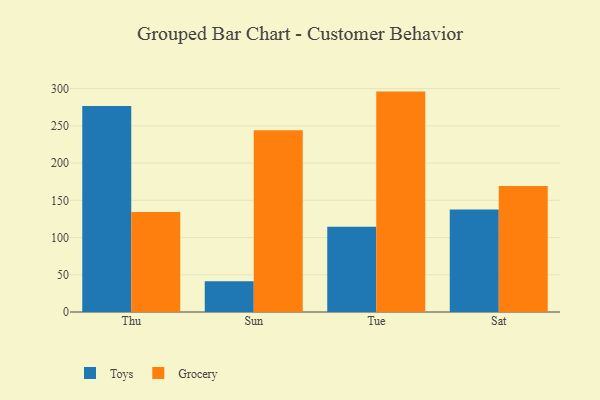
{"axis": {"x": "Day", "y": "Temperature (°C)"}, "legend": ["Grocery", "Toys"], "data": [{"x": "Thu", "y": 276.5, "type": "Toys"}, {"x": "Thu", "y": 134.2, "type": "Grocery"}, {"x": "Sun", "y": 41.3, "type": "Toys"}, {"x": "Sun", "y": 244.1, "type": "Grocery"}, {"x": "Tue", "y": 114.6, "type": "Toys"}, {"x": "Tue", "y": 296.0, "type": "Grocery"}, {"x": "Sat", "y": 137.5, "type": "Toys"}, {"x": "Sat", "y": 169.2, "type": "Grocery"}]}